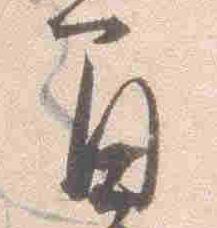
間